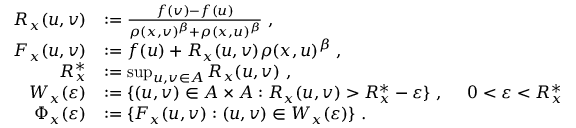
\begin{array} { r l } { R _ { x } ( u , v ) } & { : = \frac { f ( v ) - f ( u ) } { \rho ( x , v ) ^ { \beta } + \rho ( x , u ) ^ { \beta } } ~ , } \\ { F _ { x } ( u , v ) } & { : = f ( u ) + R _ { x } ( u , v ) \rho ( x , u ) ^ { \beta } ~ , } \\ { R _ { x } ^ { * } } & { : = \operatorname* { s u p } _ { u , v \in A } R _ { x } ( u , v ) ~ , } \\ { W _ { x } ( \varepsilon ) } & { : = \{ ( u , v ) \in A \times A : R _ { x } ( u , v ) > R _ { x } ^ { * } - \varepsilon \} ~ , ~ ~ ~ ~ 0 < \varepsilon < R _ { x } ^ { * } } \\ { \Phi _ { x } ( \varepsilon ) } & { : = \{ F _ { x } ( u , v ) : ( u , v ) \in W _ { x } ( \varepsilon ) \} ~ . } \end{array}